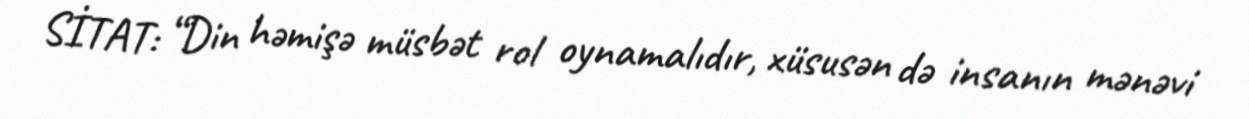
SİTAT: “Din həmişə müsbət rol oynamalıdır, xüsusən də insanın mənəvi